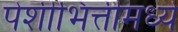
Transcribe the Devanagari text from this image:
पेशीभित्तीमध्ये